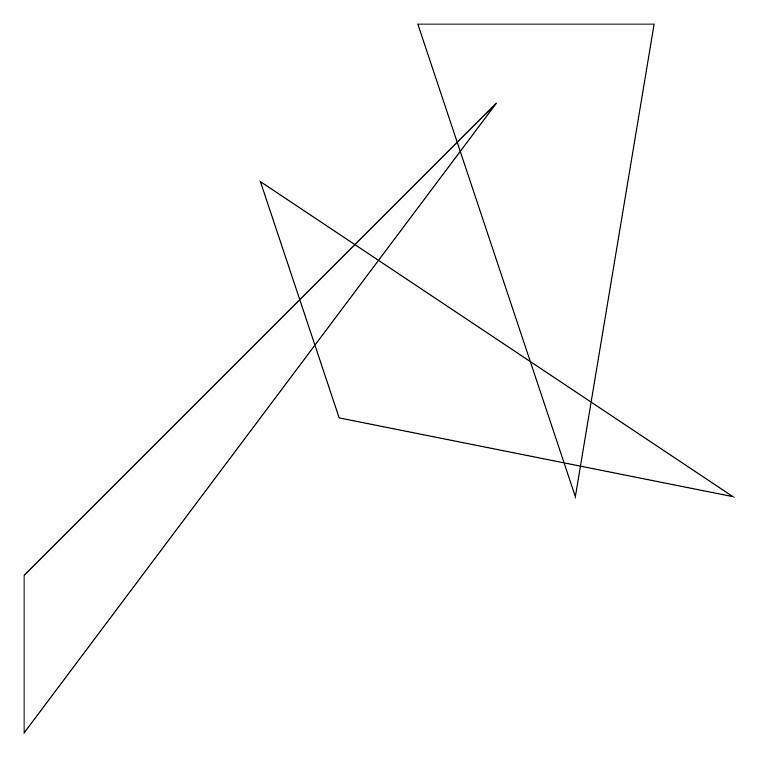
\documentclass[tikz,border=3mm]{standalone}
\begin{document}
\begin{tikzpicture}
\draw (0,0) -- (6,8) -- (0,2) -- cycle;
\draw (8,9) -- (5,9) -- (7,3) -- cycle;
\draw (4,4) -- (9,3) -- (3,7) -- cycle;
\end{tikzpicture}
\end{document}